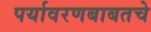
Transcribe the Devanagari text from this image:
पर्यावरणबाबतचे